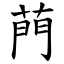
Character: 菛